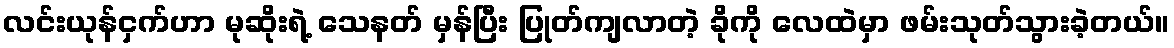
လင်းယုန်ငှက်ဟာ မုဆိုးရဲ့ သေနတ် မှန်ပြီး ပြုတ်ကျလာတဲ့ ခိုကို လေထဲမှာ ဖမ်းသုတ်သွားခဲ့တယ်။